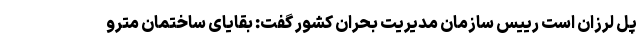
پل لرزان است رییس سازمان مدیریت بحران کشور گفت: بقایای ساختمان مترو